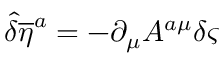
{ \hat { \delta } } { { \overline { { { \eta } } } } ^ { a } } = - \partial _ { \mu } A ^ { a \mu } \delta \varsigma